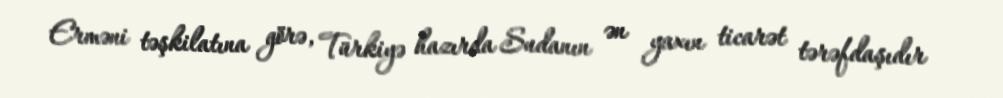
Erməni təşkilatına görə, Türkiyə hazırda Sudanın ən yaxın ticarət tərəfdaşıdır